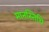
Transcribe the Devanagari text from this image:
मानस्तिथि